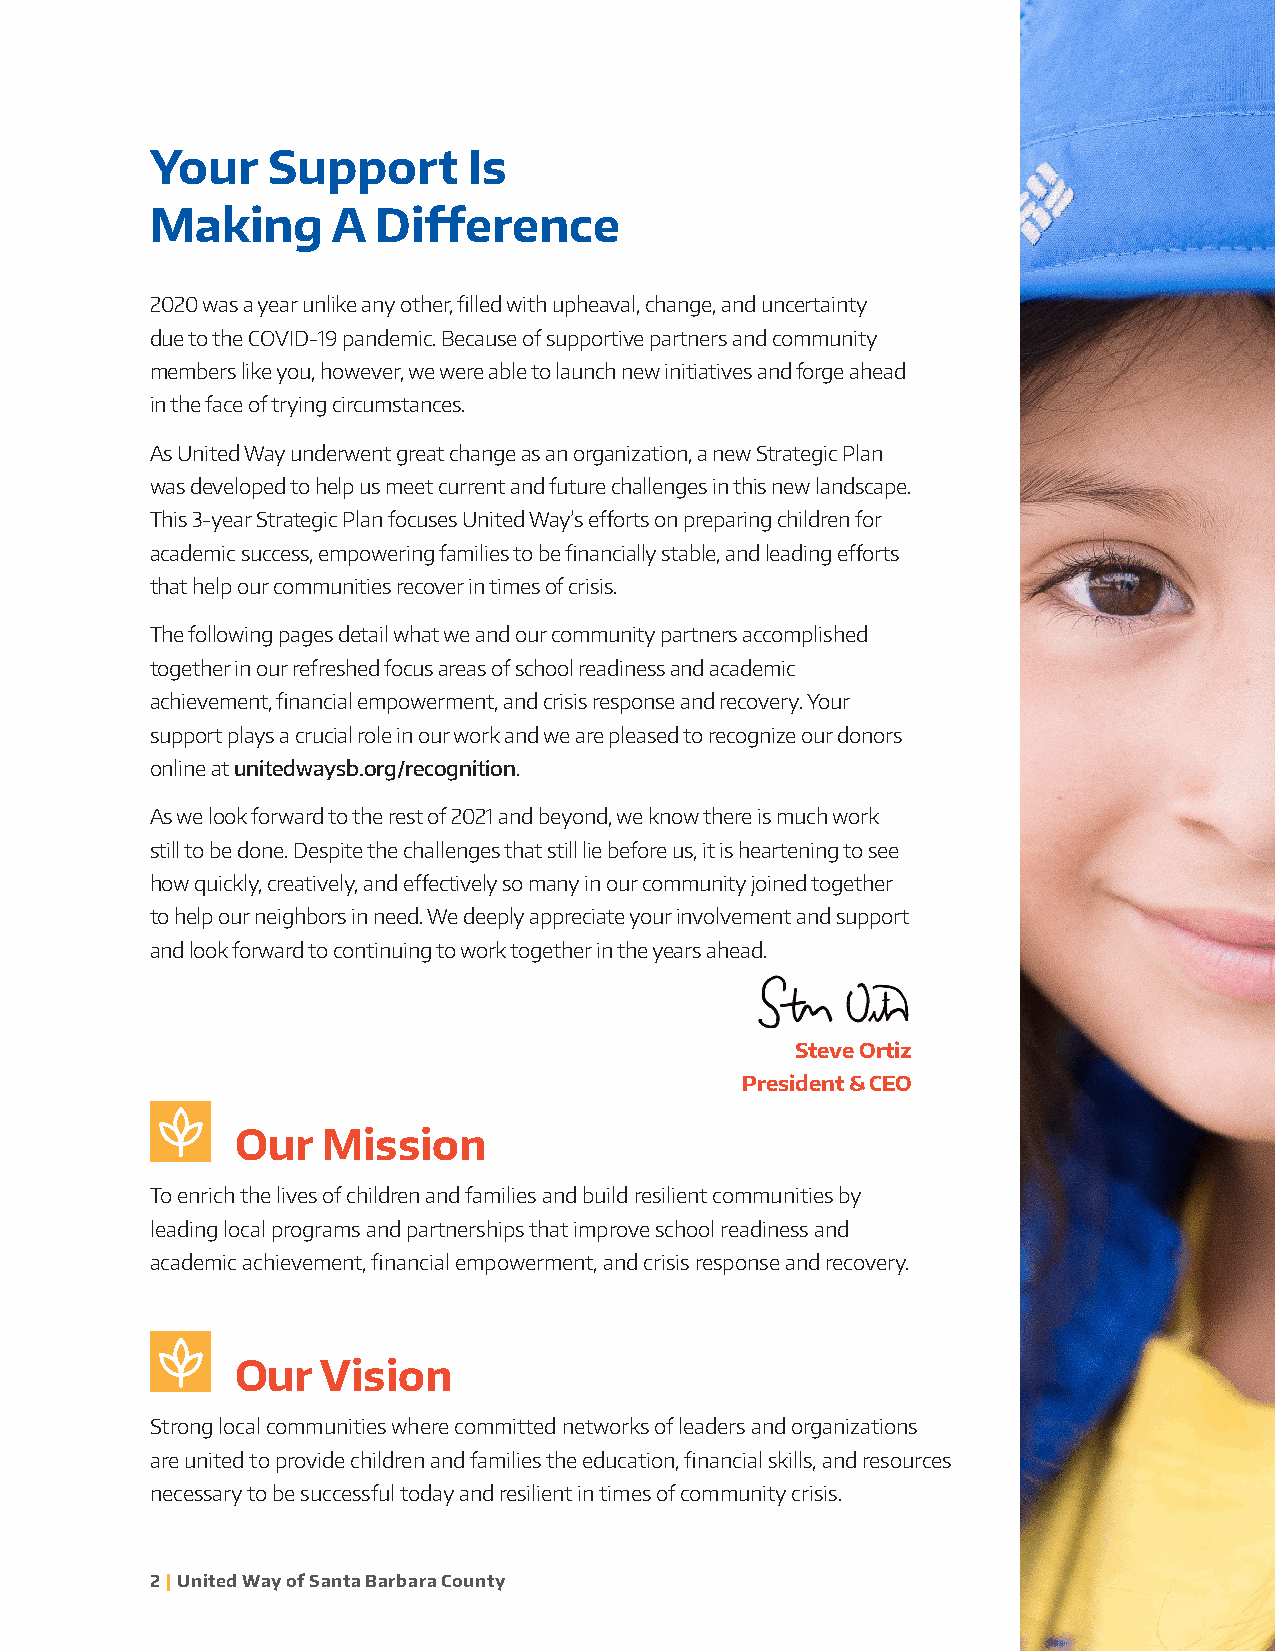
Your    Support      Is
 Making      A  Difference
 2020 was a year unlike any other, filled with upheaval, change, and uncertainty
 due to the COVID-19 pandemic. Because of supportive partners and community
 members like you, however, we were able to launch new initiatives and forge ahead
 in the face of trying circumstances.
 As United Way underwent great change as an organization, a new Strategic Plan
 was developed to help us meet current and future challenges in this new landscape.
 This 3-year Strategic Plan focuses United Way’s efforts on preparing children for
 academic success, empowering families to be financially stable, and leading efforts
 that help our communities recover in times of crisis.
 The following pages detail what we and our community partners accomplished
 together in our refreshed focus areas of school readiness and academic
 achievement, financial empowerment, and crisis response and recovery. Your
 support plays a crucial role in our work and we are pleased to recognize our donors
 online at unitedwaysb.org/recognition.
 As we look forward to the rest of 2021 and beyond, we know there is much work
 still to be done. Despite the challenges that still lie before us, it is heartening to see
 how quickly, creatively, and effectively so many in our community joined together
 to help our neighbors in need. We deeply appreciate your involvement and support
 and look forward to continuing to work together in the years ahead.
 Steve Ortiz
 President & CEO
 Our  Mission
 To enrich the lives of children and families and build resilient communities by
 leading local programs and partnerships that improve school readiness and
 academic achievement, financial empowerment, and crisis response and recovery.
 Our  Vision
 Strong local communities where committed networks of leaders and organizations
 are united to provide children and families the education, financial skills, and resources
 necessary to be successful today and resilient in times of community crisis.
 2 | United Way of Santa Barbara County